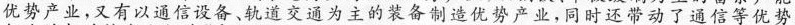
优势产业，又有以通信设备、轨道交通为主的装备制造优势产业，同时还带动了通信等优势